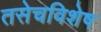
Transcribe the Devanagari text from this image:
तसेचविशेष